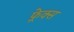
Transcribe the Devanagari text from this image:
फ़्रेक्स